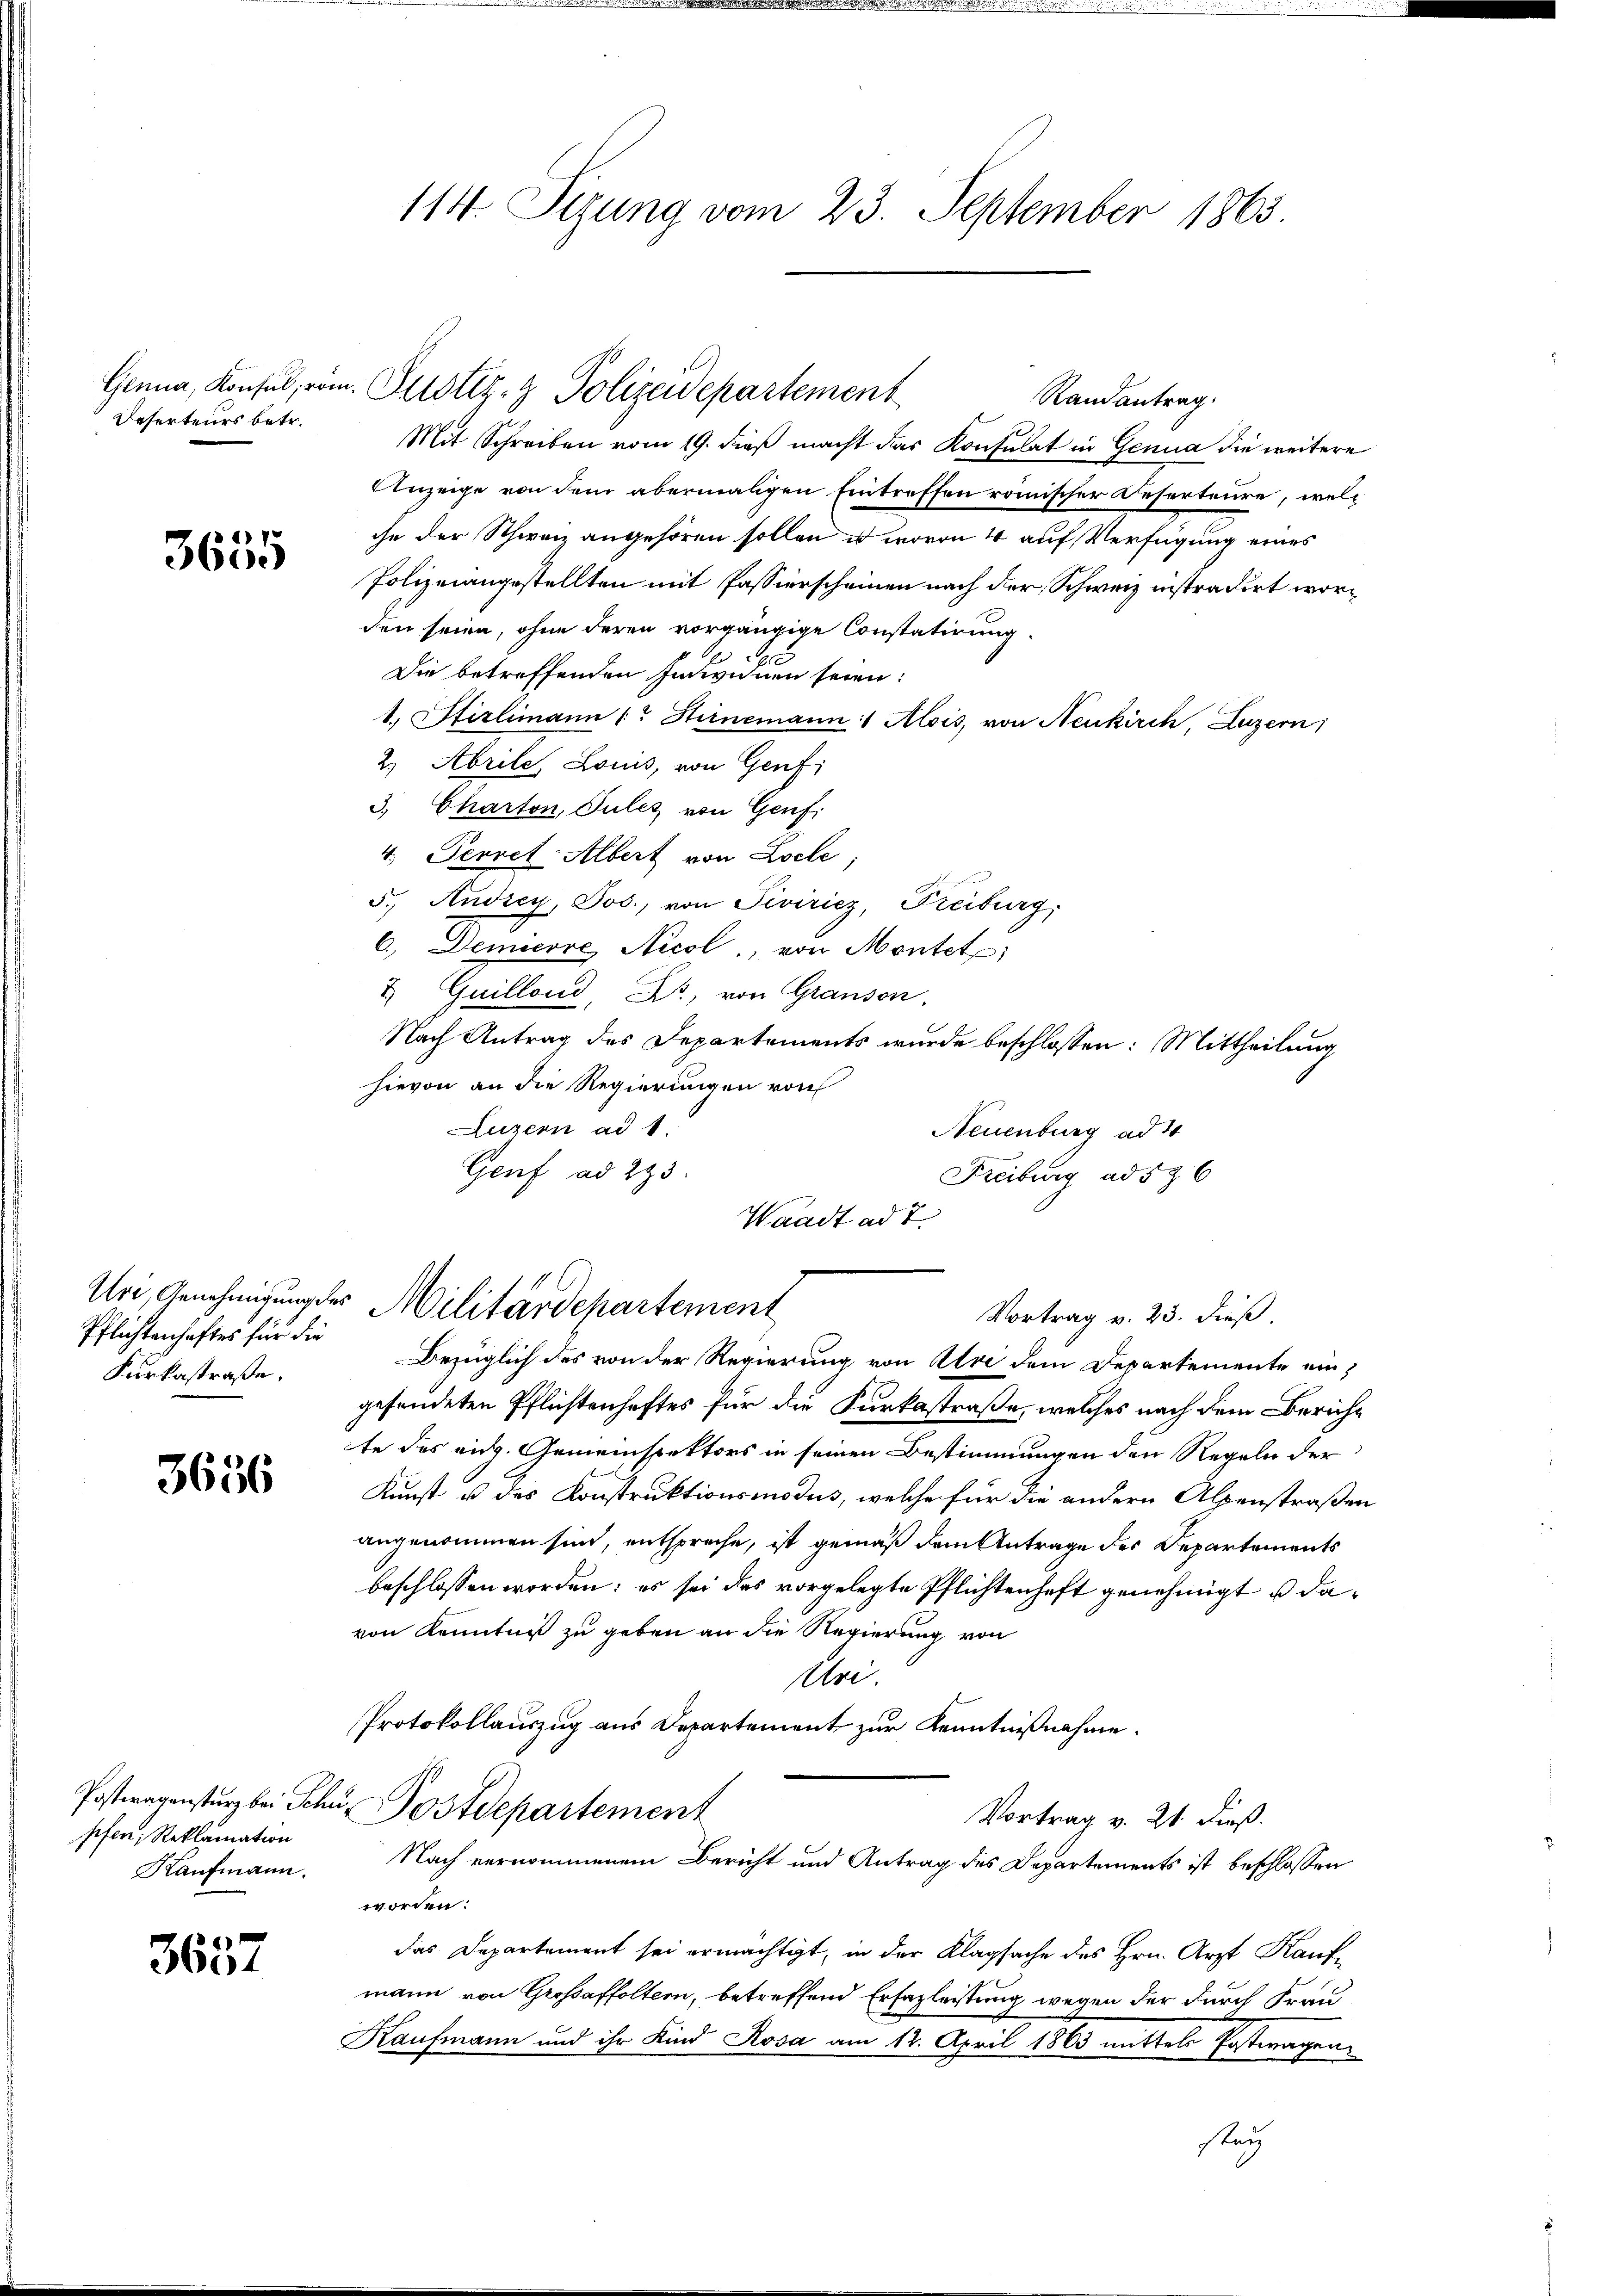
Reserteurs betr.

3655

Pflichtenhaftes für die
Furkastraße,

3656

pfen, Reklamation
Kaufmann.

3657

114. Sizung vom 23. September 1863.

Randantrag.
Mit Schreiben vom 19. dieß macht das Konsulat in Genua die weitere
Anzeige von dem abermaligen Eintreffen römischer Deserteure, welche der Schweiz angehören sollen u. wovon 4 auf Verfügung eines
Polizeiangestellten mit Passierscheinen nach der Schweiz instradirt worden seien, ohne deren vorgängige Constatirung
Die betreffenden Individuen seien:
1. Stizlimann (" Hirnemann: Alois, von Neukirch, Luzern,
2) Abrile, Lois, von Genf
3. Charton, Julis von Genf,
4. Perret Albert von Locle;
5. Andrey, Jos., von Piviriez, Freiburg,
6.) Demicore Nicol, von Montet
& Guillond, Kr., von Granson.
Nach Antrag des Departements wurde beschlossen: Mittheilung
hievon an die Regierungen von
Luzern ad 1.
Neuenburg ad 4
Genf ad 233.
Freiburg ad 536
Waadt ad 2.
Uri, Genehmigung der Militärdepartement
Vortrag v. 23. dieß.
Bezüglich des von der Regierung von Uri dem Departemente eingefundeten Pflichtenhaftes für die Furkastraße, welches nach dem Zürichte des eidg. Gemeinspektors in seinen Bestimmungen den Regeln der
Kunst u des Konstruktionsmodus, welche für die andern Alpenstraßen
angenommen sind, entspreche, ist gemäß dem Antrage des Departements
beschlossen worden: es sei das vorgelegte Pflichtenhaft genehmigt u davon Kenntniß zu geben an die Regierung von
Uri.
Protokollauszug aus Departement zur Kenntnißnahme.
Postwagensturz bei Schü-Postdepartement
Vortrag v. 21. dieß.
Nach vernommenem Bericht und Antrag des Departements ist beschlossen
worden:
das Departement sei ermächtigt, in der Klagsache des Hrn. Arzt Kaufmann von Grossaffoltern, betreffend Erfazleistung wegen der durch Frau
Kaufmann und ihr Kind Rosa am 12. April 1863 mittels Postwagen
stey

Genua, Konsul, vom Justiz- & Polizeidepartement